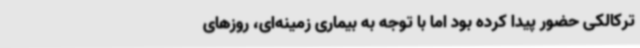
ترکالکی حضور پیدا کرده بود اما با توجه به بیماری زمینه‌ای، روزهای